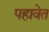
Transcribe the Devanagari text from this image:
पहावेत